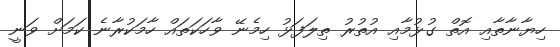
ހިޔާނާތާއި އޮތް ގުޅުމާއި އުތުރު ތިލަފަޅު ހިމެނޭ ވާހަކަތައް ހާމަކުރާނެ ކަމަށް ވަނީ